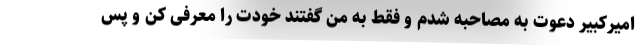
امیرکبیر دعوت به مصاحبه شدم و فقط به من گفتند خودت را معرفی کن و پس